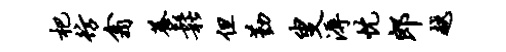
杷彷翕养松但勤叟溽忱郎越